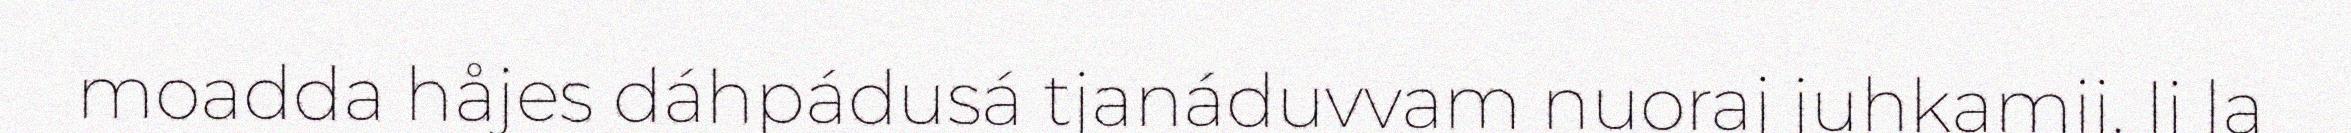
moadda håjes dáhpádusá tjanáduvvam nuoraj juhkamij. Ij la